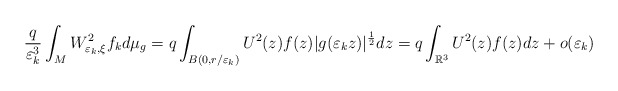
\begin{align*}\frac{q}{\varepsilon_{k}^{3}}\int_{M}W_{\varepsilon_{k},\xi}^{2}f_{k}d\mu_{g}=q\int_{B(0,r/\varepsilon_{k})}U^{2}(z)f(z)|g(\varepsilon_{k}z)|^{\frac{1}{2}}dz=q\int_{\mathbb{R}^{3}}U^{2}(z)f(z)dz+o(\varepsilon_{k})\end{align*}